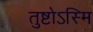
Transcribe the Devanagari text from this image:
तुष्टोऽस्मि